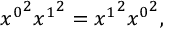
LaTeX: { x ^ { 0 } } ^ { 2 } { x ^ { 1 } } ^ { 2 } = { x ^ { 1 } } ^ { 2 } { x ^ { 0 } } ^ { 2 } ,